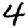
Digit: 4